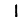
Digit: 1